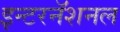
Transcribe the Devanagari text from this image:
इन्टरनॅशनल